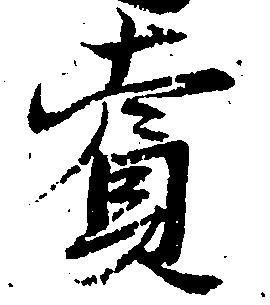
賞